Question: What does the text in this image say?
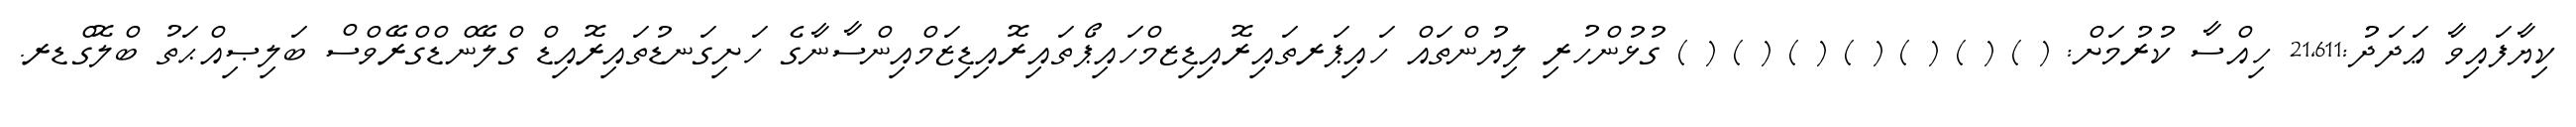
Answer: ކިޔާފައިވާ ޢަދަދު:21,611 ހިއްސާ ކުރުމަށް: ( ) ( ) ( ) ( ) ( ) ( ) ( ) ގުޅުންހުރި ލިޔުންތައް ހައިޕަރތައިރޮއިޑިޒމްހައިޕޯތައިރޮއިޑިޒަމްއިންސާނާގެ ހަށިގަނޑުތައިރޮއިޑް ގްލޭންޑްގްރޭވްސް ބަލިޞިއްޙަތު ބްލޮގްޑރ.